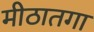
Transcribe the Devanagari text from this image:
मीठातगा